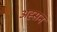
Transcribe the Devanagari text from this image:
अह्सन